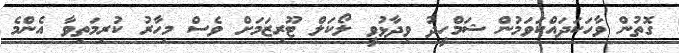
ގޮތުން ވާހަކަދައްކަވަމުން ޝަމްހީދު ވިދާޅުވީ ލޯކަލް ޓޫރިޒަމަށް ވެސް މިހާރު ކުރިމަތިވާ އެންމެ